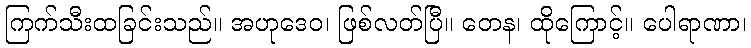
ကြက်သီးထခြင်းသည်။ အဟုဒေဝ၊ ဖြစ်လတ်ပြီ။ တေန၊ ထိုကြောင့်။ ပေါရာဏာ၊